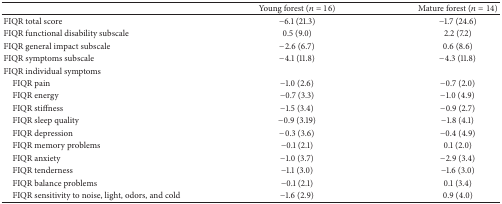
<table><thead><tr><td><b> </b></td><td><b>Young forest (<i>n</i> = 16)</b></td><td><b>Mature forest (<i>n</i> = 14)</b></td></tr></thead><tbody><tr><td>FIQR total score</td><td>−6.1 (21.3)</td><td>−1.7 (24.6)</td></tr><tr><td>FIQR functional disability subscale</td><td>0.5 (9.0)</td><td>2.2 (7.2)</td></tr><tr><td>FIQR general impact subscale</td><td>−2.6 (6.7)</td><td>0.6 (8.6)</td></tr><tr><td>FIQR symptoms subscale</td><td>−4.1 (11.8)</td><td>−4.3 (11.8)</td></tr><tr><td>FIQR individual symptoms</td><td> </td><td> </td></tr><tr><td> FIQR pain</td><td>−1.0 (2.6)</td><td>−0.7 (2.0)</td></tr><tr><td> FIQR energy </td><td>−0.7 (3.3)</td><td>−1.0 (4.9)</td></tr><tr><td> FIQR stiffness</td><td>−1.5 (3.4)</td><td>−0.9 (2.7)</td></tr><tr><td> FIQR sleep quality</td><td>−0.9 (3.19)</td><td>−1.8 (4.1)</td></tr><tr><td> FIQR depression</td><td>−0.3 (3.6)</td><td>−0.4 (4.9)</td></tr><tr><td> FIQR memory problems</td><td>−0.1 (2.1)</td><td>0.1 (2.0)</td></tr><tr><td> FIQR anxiety</td><td>−1.0 (3.7)</td><td>−2.9 (3.4)</td></tr><tr><td> FIQR tenderness</td><td>−1.1 (3.0)</td><td>−1.6 (3.0)</td></tr><tr><td> FIQR balance problems</td><td>−0.1 (2.1)</td><td>0.1 (3.4)</td></tr><tr><td> FIQR sensitivity to noise, light, odors, and cold</td><td>−1.6 (2.9)</td><td>0.9 (4.0)</td></tr></tbody></table>